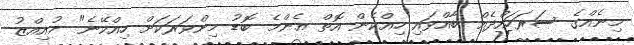
މިނެއްގެ ސަރަހައްދެއް ބާއްވައި ހިއްކެން އޮތް އެންމެ ބޮޑު މިންވަރަކަށް ހިއްކޭނެ" މުއިއްޒު